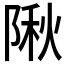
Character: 𨺹